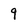
Character: 9